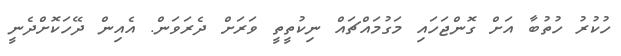
ހުކުރު ހުތުބާ އަށް ގޮންޖަހައި މަގުމައްޗައް ނިކުތީތީ ވަރަށް ދެރަވަން. އެއިން ދޭހަކޮށްދެނީ